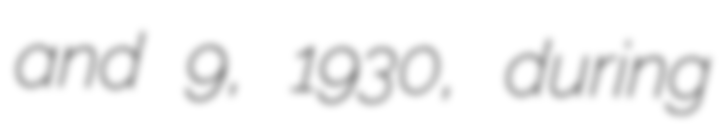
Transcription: and 9, 1930, during